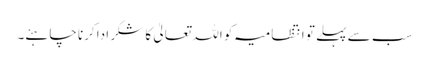
سب سے پہلے تو انتظامیہ کو اللہ تعالیٰ کا شکر ادا کرنا چاہئے۔